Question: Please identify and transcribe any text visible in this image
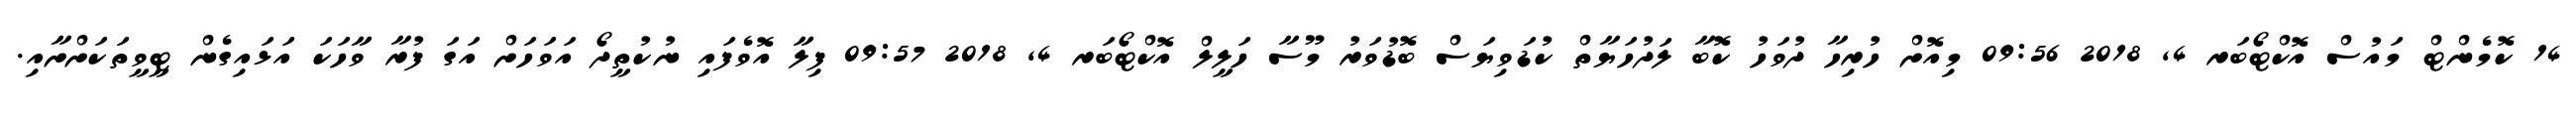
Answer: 14 ކޮމެންޓް މައުސް އޮކްޓޯބަރ 4, 2018 09:56 މިއޮށް ހުރިހާ ދުވަހު ކޮބާ ލަދުހަޔާތް ކުޑަވިޔަސް ބޮޑުވަރު މޫސާ ހަލީލް އޮކްޓޯބަރ 4, 2018 09:57 ފިލާ އޮވެފައި ނުކުތީދޯ އަވަހަށް އަގަ ފުރާ ވާހަކަ އަޅައިގެން ޓީވީތަކަށްށާއި.